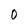
Character: O